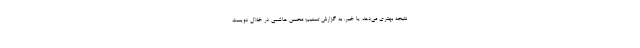
نتیجه بهتری می‌دهد یا خیر. به گزارش تسنیم؛ محسن هاشمی در خلال دویست